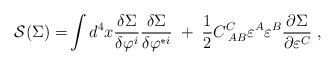
LaTeX: \begin{align*}\mathcal{S(}\Sigma \mathcal{)=}\int d^4x\frac{\delta \Sigma }{\delta \varphi^i}\frac{\delta \Sigma }{\delta \varphi ^{*i}}\;+\;\frac12C_{\;AB}^C\varepsilon ^A\varepsilon ^B\frac{\partial \Sigma }{\partial\varepsilon ^C}\;, \end{align*}